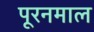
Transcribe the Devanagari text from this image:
पूरनमाल